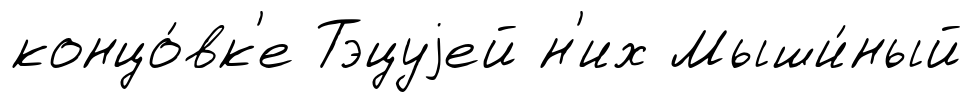
концо́вк'е Тэцуjей н'их Мыши́ный